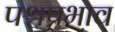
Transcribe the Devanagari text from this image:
पश्चप्रभाव